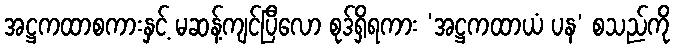
အဋ္ဌကထာစကားနှင့် မဆန့်ကျင်ပြီလော စုဒ်ရှိရကား ‘အဋ္ဌကထာယံ ပန’ စသည်ကို